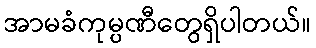
အာမခံကုမ္ပဏီတွေရှိပါတယ်။